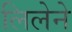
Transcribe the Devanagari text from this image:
लिलेने